Report of the Hyderabad Chloroform Commission
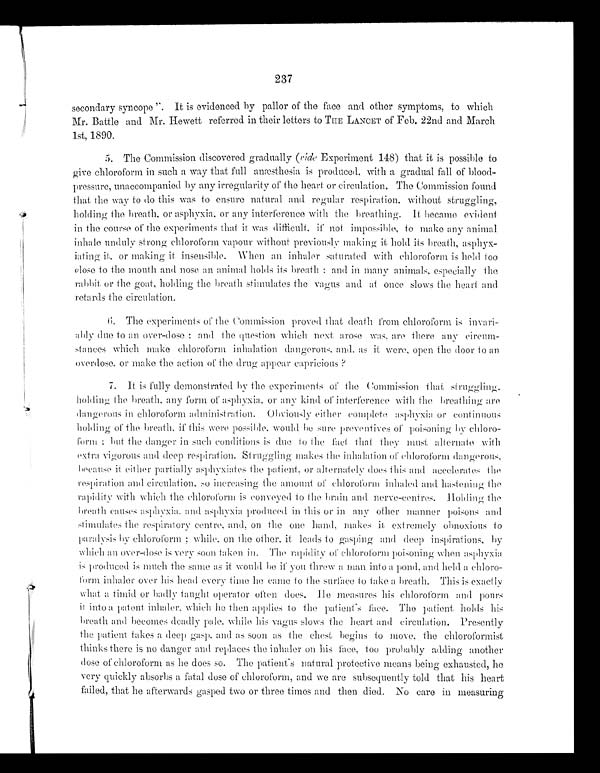
237
secondary syncope". It is evidenced by pallor of the face and other symptoms, to which
Mr. Battle and Mr. Hewett referred in their letters to THE LANCET of Feb. 22nd and March
1st, 1890.
5. The Commission discovered gradually ( vide Experiment 148) that it is possible to
give chloroform in such a way that full anæsthesia is produced, with a gradual fall of blood-
pressure, unaccompanied by any irregularity of the heart or circulation. The Commission found
that the way to do this was to ensure natural and regular respiration, without struggling,
holding the breath, or asphyxia, or any interference with the breathing. It became evident
in the course of the experiments that it was difficult, if not impossible, to make any animal
inhale unduly strong chloroform vapour without previously making it hold its breath, asphyx-
-iating it, or making it insensible. When an inhaler saturated with chloroform is held too
close to the mouth and nose an animal holds its breath: and in many animals, especially the
rabbit or the goat, holding the breath stimulates the vagus and at once slows the heart and
retards the circulation.
6. The experiments of the Commission proved that death from chloroform is
i n v a r i - a b l y d u e t o a n o v e r - d o s e ; a n d t h e q u e s t i o n w h i c h n e x ta
r o s e w a s ,
a r e t h e r e a n y
circum-
stances which make chloroform inhalations dangerous, and, as it were, open the door to an
overdose, or make the action of the drug appear capricious?
7. It is fully demonstrated by the experiments of the Commission that struggling
holding the breath, any form of asphyxia, or any kind of interference with the breathing are
dangerous in chloroform administration. Obviously either complete asphyxia or continuous
holding of the breath, if this were possible, would be sure preventives of poisoning by chloro--
form; but the danger in such conditions is due to the fact that they must alternate with
extra vigorous and deep respiration. Struggling makes the inhalation of chloroform dangerous,
because it either partially asphyxiates the patient, or alternately does this and accelerates the
respiration and circulation, so increasing the amount of chloroform inhaled and ha stening
t h e
rapidity with which the chloroform is conveyed to the brain and nerve-centres. Holding the
breath causes asphyxia, and asphyxia produced in this or in any other manner poisons and
stimulates the respiratory centre, and, on the o n e h a n d ,
m a k e s i t e x t r e m e l y o b n o x i o u st
o
paralysis by chloroform; while, on the other, it leads to gasping and deep inspirations, by
which an over-dose is very soon taken in. The rapidity of chloroform poisoning when asphyxia
is produced is much the same as it would be if you threw a man into a pond, and held a chloro-
form inhaler over his head every time h e came to the surface to take a breath. This is exactly
what a timid or badlyt a u g h t
o p e r a t o r o f t e n d o e s . H e m e a s u r e s h i sc
h l o r o f o r m a n d p o u r s
it into a patent inhaler, which he then applies to the patient's face. The patient, holds his
breath and becomes deadly pale, while his vagus slows the heart and circulation. P r e s e n t l y
the patient takes a deep gasp, and as soon as the chest begins to move, the chloroformist
thinks there is no danger and replaces the inhaler on his face, too probably adding another
d o s e o f c h l o r o f o r m a s h e d o e s s o .T
h e p a t i e n t ' s n a t u r a l p r o t e c t i v e m e a n s b e i n ge
x h a u s t e d , h e
very quickly absorbs a fatal dose of chloroform, and we are subsequently told that his heart
failed, that he afterwards gasped two or three times and then died. No care in measuring